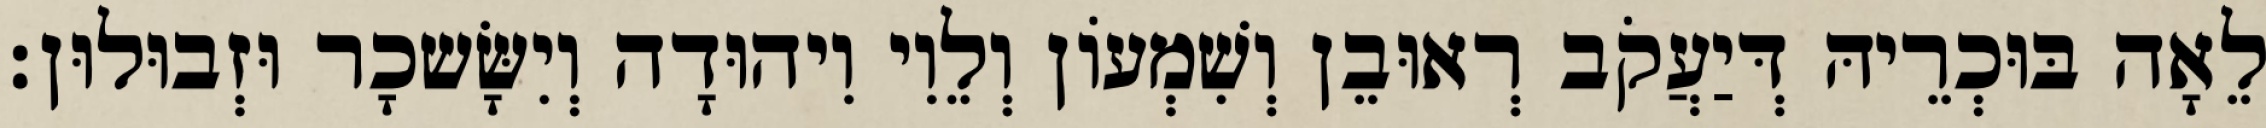
לֵאָה בּוּכְרֵיהּ דְּיַעֲקֹב רְאוּבֵן וְשִׁמְעוֹן וְלֵוִי וִיהוּדָה וְיִשָּׂשכָר וּזְבוּלוּן׃